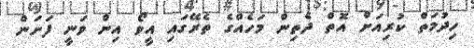
ހިދުމަތް ކުރިއަށް އޮތް ދެތިން މަހެއްގެ ތެރޭގައި އީވޯ އިން ވަނީ ފަށަން